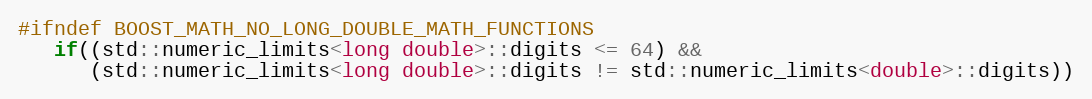
Language: C++
#ifndef BOOST_MATH_NO_LONG_DOUBLE_MATH_FUNCTIONS
   if((std::numeric_limits<long double>::digits <= 64) &&
      (std::numeric_limits<long double>::digits != std::numeric_limits<double>::digits))